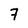
Character: 7